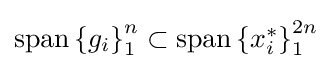
{\textstyle \operatorname {span} \left\{g_{i}\right\}_{1}^{n}\subset \operatorname {span} \left\{x_{i}^{*}\right\}_{1}^{2n}}